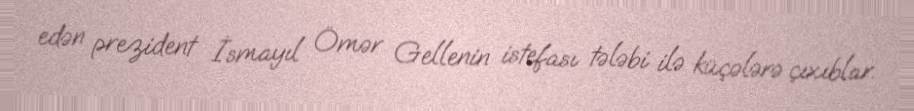
edən prezident İsmayıl Ömər Gellenin istefası tələbi ilə küçələrə çıxıblar.